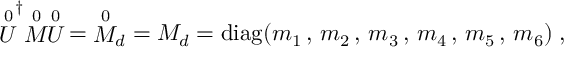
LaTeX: { \stackrel { 0 } { U } } ^ { \dagger } { \stackrel { 0 } { M } } { \stackrel { 0 } { U } } = { \stackrel { 0 } { M } } _ { d } = M _ { d } = \mathrm { d i a g } ( m _ { 1 } \, , \, m _ { 2 } \, , \, m _ { 3 } \, , \, m _ { 4 } \, , \, m _ { 5 } \, , \, m _ { 6 } ) \; ,